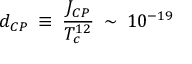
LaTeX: d _ { C P } \: \equiv \: \frac { J _ { C P } } { T _ { c } ^ { 1 2 } } \: \sim \: 1 0 ^ { - 1 9 } \: